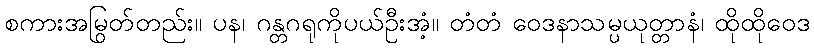
စကားအမြွတ်တည်း။ ပန၊ ဂန္တဂရုကိုပယ်ဦးအံ့။ တံတံ ဝေဒနာသမ္ပယုတ္တာနံ၊ ထိုထိုဝေဒ